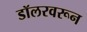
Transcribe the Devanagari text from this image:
डॉलरवरून